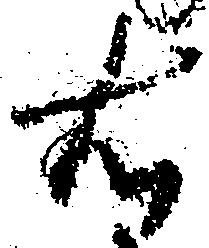
右